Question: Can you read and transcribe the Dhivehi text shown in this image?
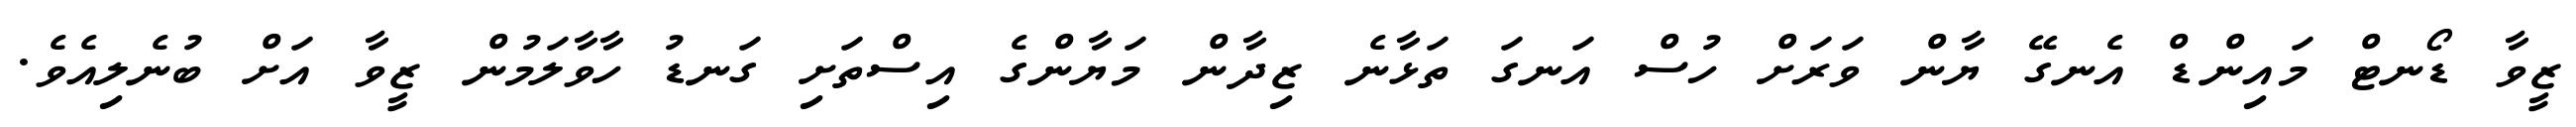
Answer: ޒީވާ ޑޯނޓް މައިންޑް އެނގޭ ޔާން ވަރަށް ހުސް އަނގަ ތަޅާނެ ޒިދާން މަޔާންގެ އިސްތަށި ގަނޑު ހާވާލަމުން ޒީވާ އަށް ބުނެލިއެވެ.